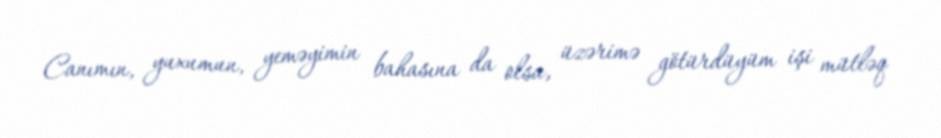
Canımın, yuxumun, yeməyimin bahasına da olsa, üzərimə götürdüyüm işi mütləq